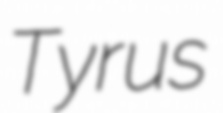
Tyrus